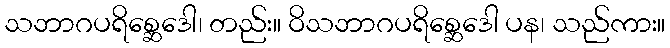
သဘာဂပရိစ္ဆေဒေါ၊ တည်း။ ဝိသဘာဂပရိစ္ဆေဒေါ ပန၊ သည်ကား။